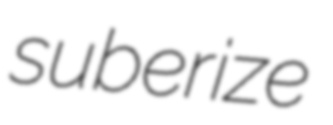
suberize